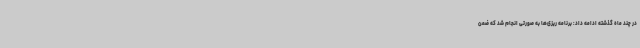
در چند ماه گذشته ادامه داد: برنامه ریزی‌ها به صورتی انجام شد که ضمن